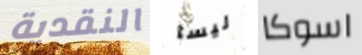
النقدية ليسا اسوكا